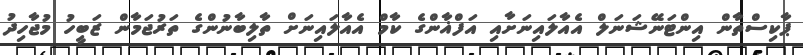
ޕާކިސްތާން އިންޓަނޭޝަނަލް އެއާލައިނަށާއި އަފްޣާންގެ ކާމް އެއާލައިނަށް ތާލިބާނުންގެ ތަރުޖަމާން ޒަބީހު މުޖާހިދު